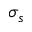
\sigma _ { s }